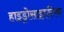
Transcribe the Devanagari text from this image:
हाइड्रोसाइएनिक